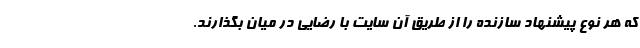
که هر نوع پیشنهاد سازنده را از طریق آن سایت با رضایی در میان بگذارند.